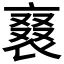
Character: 𧚰